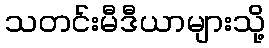
သတင်းမီဒီယာများသို့